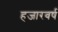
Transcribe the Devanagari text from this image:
हजारवर्ष